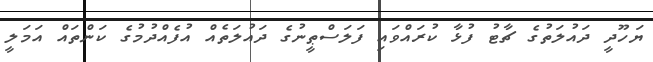
ޔަހޫދީ ދައުލަތުގެ ޗާޓު ފުޅާ ކުރައްވައި ފަލަސްޠީނުގެ ދައުލަތެއް އުފެއްދުމުގެ ކަންތައް އަމަލީ